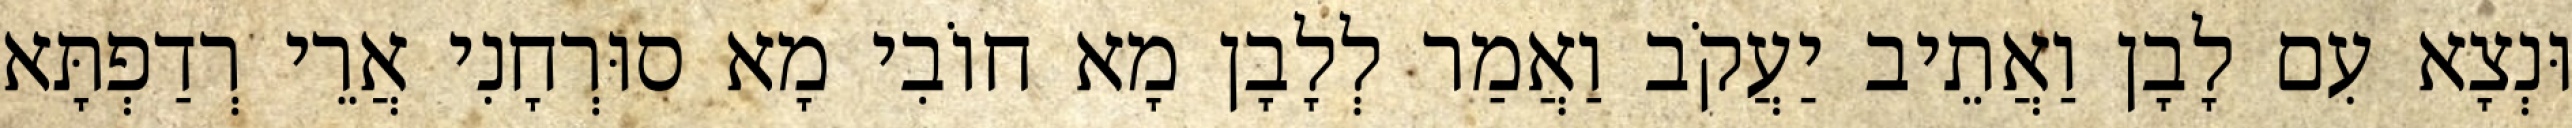
וּנְצָא עִם לָבָן וַאֲתֵיב יַעֲקֹב וַאֲמַר לְלָבָן מָא חוֹבִי מָא סוּרְחָנִי אֲרֵי רְדַפְתָּא